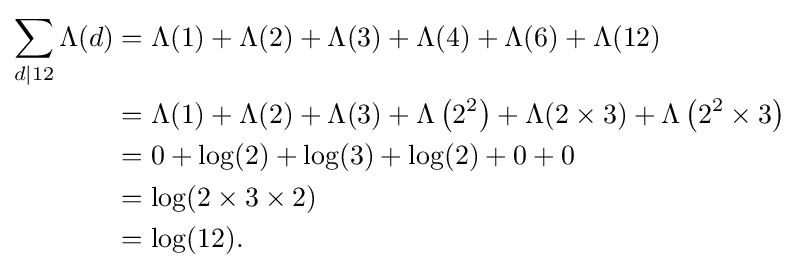
{\begin{aligned}\sum _{d\mid 12}\Lambda (d)&=\Lambda (1)+\Lambda (2)+\Lambda (3)+\Lambda (4)+\Lambda (6)+\Lambda (12)\\&=\Lambda (1)+\Lambda (2)+\Lambda (3)+\Lambda \left(2^{2}\right)+\Lambda (2\times 3)+\Lambda \left(2^{2}\times 3\right)\\&=0+\log(2)+\log(3)+\log(2)+0+0\\&=\log(2\times 3\times 2)\\&=\log(12).\end{aligned}}